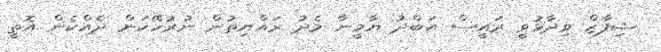
ޝިފާޒް ވިދާޅުވީ ރައީސް އަބްދު ޔާމީނާ މެދު ރައްޔިތުން ނުރުހޭކަން ދެއްކެން އޮތީ